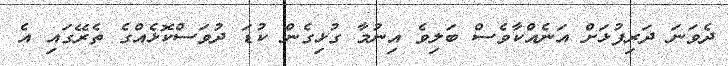
ދެވަނަ ދަރިފުޅަށް އަނެއްކާވެސް ބަލިވެ އިނުމާ ގުޅިގެން ކުޑަ ދުވަސްކޮޅެއްގެ ތެރޭގައި އެ